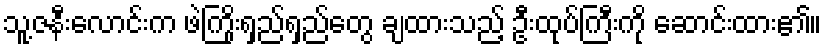
သူ့ဇနီးလောင်းက ဖဲကြိုးရှည်ရှည်တွေ ချထားသည့် ဦးထုပ်ကြီးကို ဆောင်းထား၏။